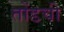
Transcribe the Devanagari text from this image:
तोंडची